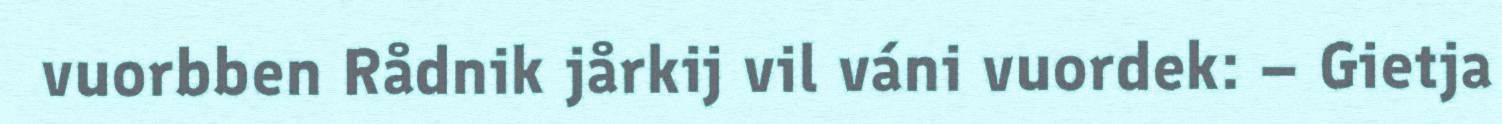
vuorbben Rådnik jårkij vil váni vuordek: – Gietja